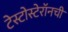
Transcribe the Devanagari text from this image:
टेस्टोस्टेरॉनची